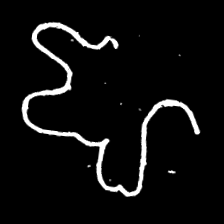
Pyu character \u2014 Myanmar letter: ဈ (romanized: jha)